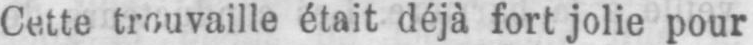
était déjà fort jolie pour